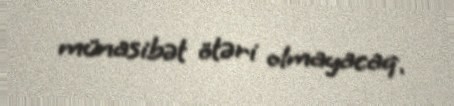
münasibət ötəri olmayacaq.